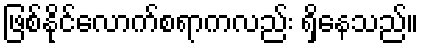
ဖြစ်နိုင်လောက်စရာကလည်း ရှိနေသည်။